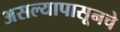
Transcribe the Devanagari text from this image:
असल्यापासूनचे